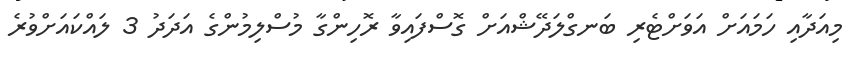
މިއަދާއި ހަމައަށް އަވަށްޓެރި ބަނގްލަދޭޝްއަށް ގޮސްފައިވާ ރޮހިންގާ މުސްލިމުންގެ އަދަދު 3 ލައްކައަށްވުރެ